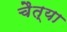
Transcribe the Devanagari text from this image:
चैत्या